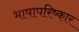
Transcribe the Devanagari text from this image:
भाषापरिष्कार